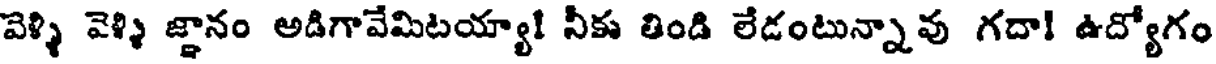
వెళ్ళి వెళ్ళి జ్ఞానం అడిగావేమిటయ్యా! నీకు తిండి లేడంటున్నావు గదా! ఉద్యోగం